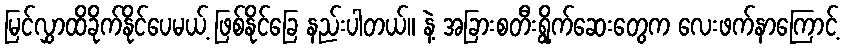
မြင်လွှာထိခိုက်နိုင်ပေမယ့် ဖြစ်နိုင်ခြေ နည်းပါတယ်။ နဲ့ အခြားစတီးရွိုက်ဆေးတွေက လေးဖက်နာကြောင့်